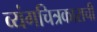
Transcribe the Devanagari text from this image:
व्यंगचित्रकाराची